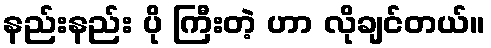
နည်းနည်း ပို ကြီးတဲ့ ဟာ လိုချင်တယ်။